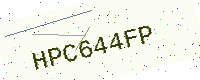
Text: HPC644FP